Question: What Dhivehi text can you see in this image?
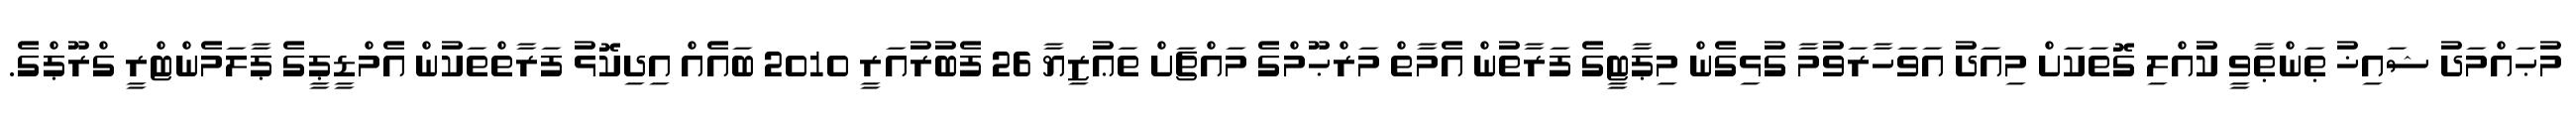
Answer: މުޙައްމަދު ޝައިޚު ޠަންޠާވީ ކުއްލި ގޮތަކަށް މިއަދު އަވަހާރަވުމާ ގުޅިގެން މިޕާޓީގެ ފަރާތުން އެމާތް މަރްޙޫމްގެ މައްޗަށް ތަޢުޒިޔާ 26 ފެބުރުއަރީ 2010 ބައެއް އިދިކޮޅު ފަރާތްތަކުން އެމްޑީޕީގެ ޕާލަމެންޓްރީ ގްރޫޕްގެ.